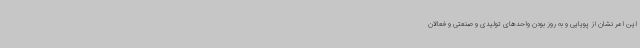
این امر نشان از پویایی و به روز بودن واحدهای تولیدی و صنعتی و فعالان